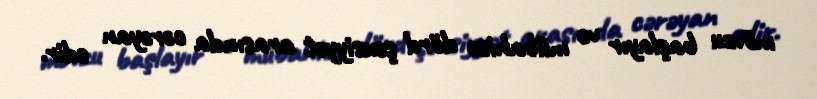
mövzu başlayır və mübahisə dörd şəxsiyyət arasında cərəyan edir.